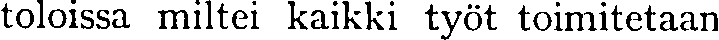
toloissa miltei kaikki työt toimitetaan